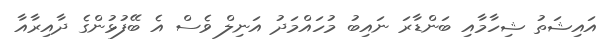
އައިޝަތު ޝިހާމާއި ބަންޑާރަ ނައިބު މުހައްމަދު އަނިލް ވެސް އެ ބޭފުޅުންގެ ދާއިރާއާ